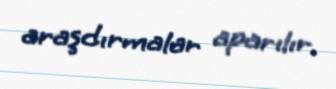
araşdırmalar aparılır.